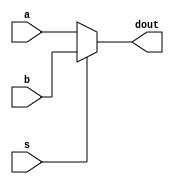
module mux2 #(parameter W = 32) (a, b, s, dout);
	input	[W-1:0]	a;
	input	[W-1:0]	b;
	input			s;
	output	[W-1:0]	dout;
	
	assign dout = s ? b : a;
endmodule